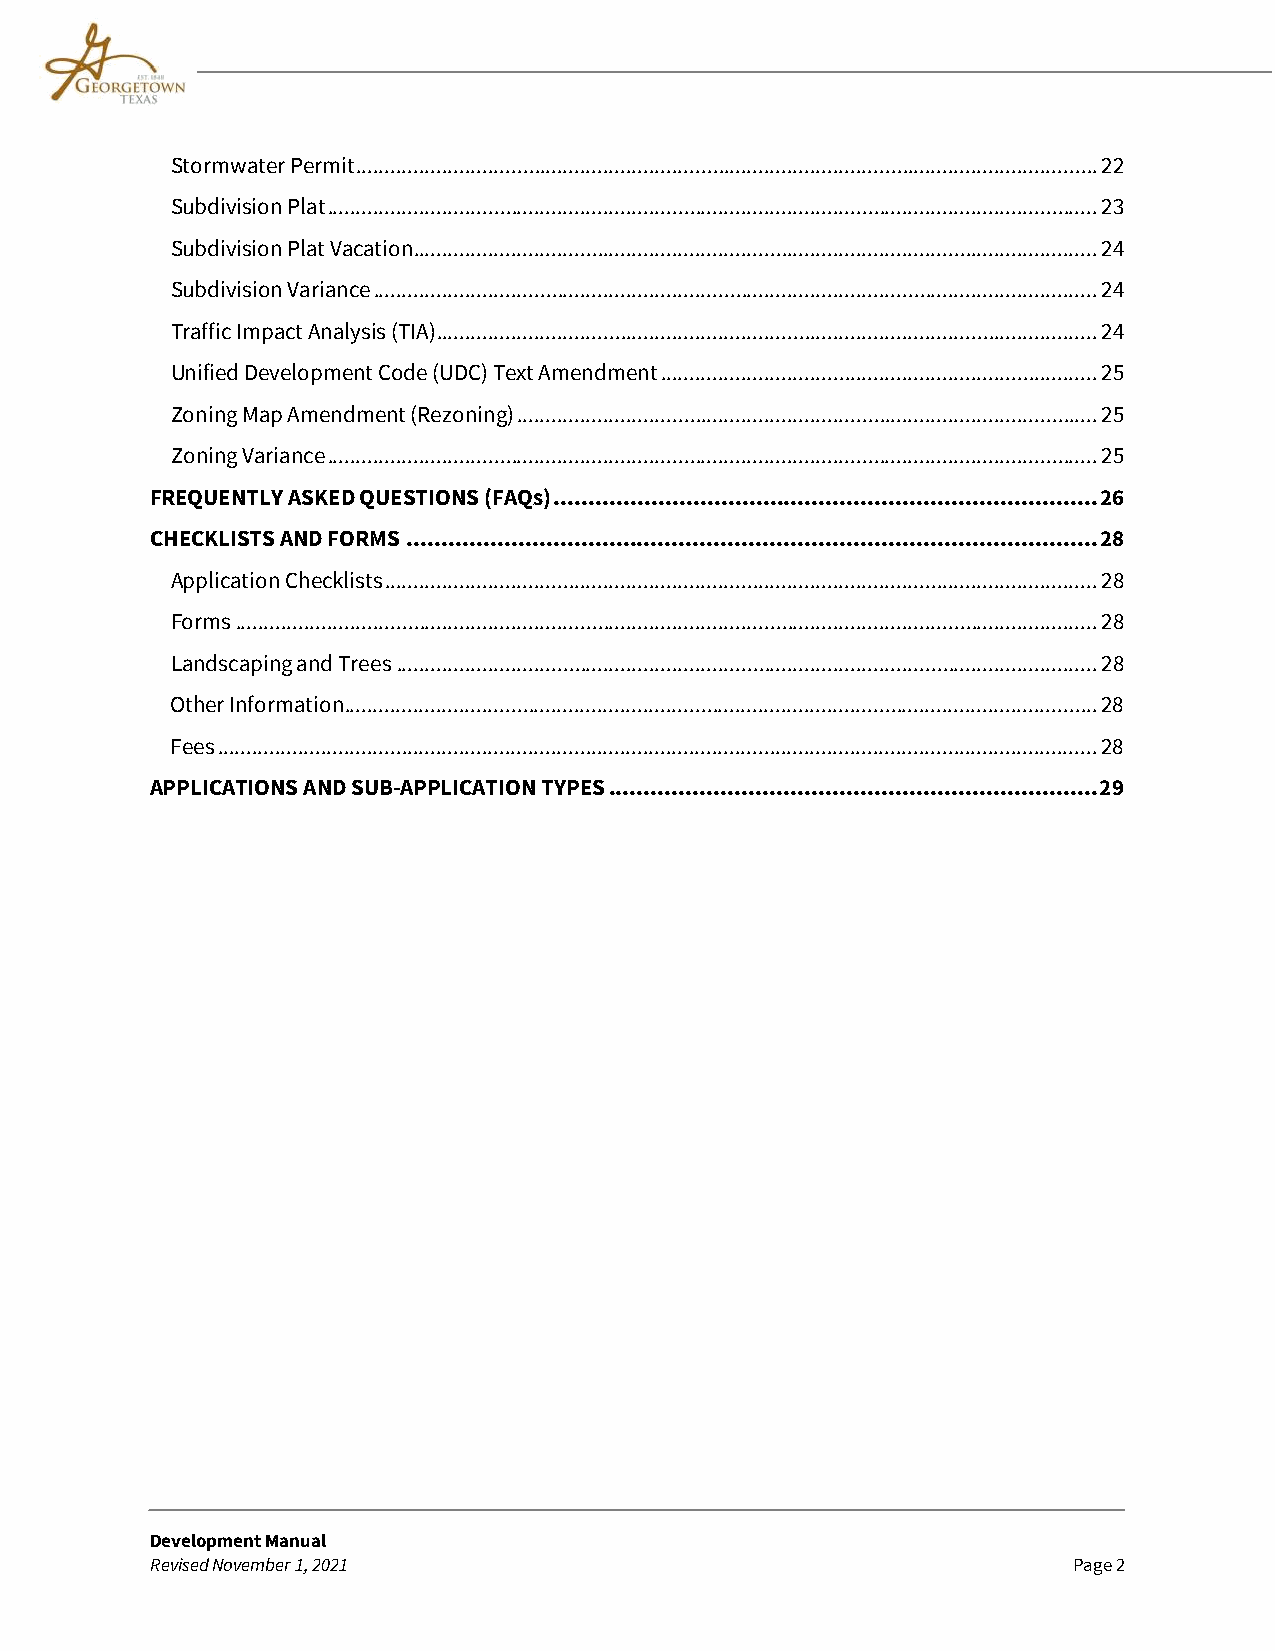
Stormwater Permit ................................................................................................................................. 22
 Subdivision Plat ...................................................................................................................................... 23
 Subdivision Plat Vacation....................................................................................................................... 24
 Subdivision Variance .............................................................................................................................. 24
 Traffic Impact Analysis (TIA) ................................................................................................................... 24
 Unified Development Code (UDC) Text Amendment ............................................................................ 25
 Zoning Map Amendment (Rezoning) ..................................................................................................... 25
 Zoning Variance ...................................................................................................................................... 25
 FREQUENTLY ASKED QUESTIONS (FAQs) .............................................................................. 26
 CHECKLISTS AND FORMS ................................................................................................... 28
 Application Checklists ............................................................................................................................ 28
 Forms ...................................................................................................................................................... 28
 Landscaping and Trees .......................................................................................................................... 28
 Other Information ................................................................................................................................... 28
 Fees ......................................................................................................................................................... 28
 APPLICATIONS AND SUB-APPLICATION TYPES ...................................................................... 29
 Development Manual
 Revised November 1, 2021                                     Page 2